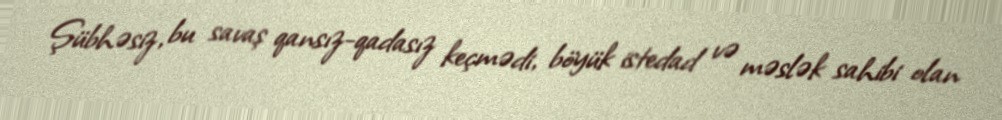
Şübhəsiz, bu savaş qansız-qadasız keçmədi, böyük istedad və məslək sahibi olan